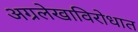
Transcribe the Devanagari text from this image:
अग्रलेखाविरोधात